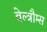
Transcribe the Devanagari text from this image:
वेल्त्रौम्स